Vaccination report Assam 1896-1927 - 1896-1927
Year: 1896
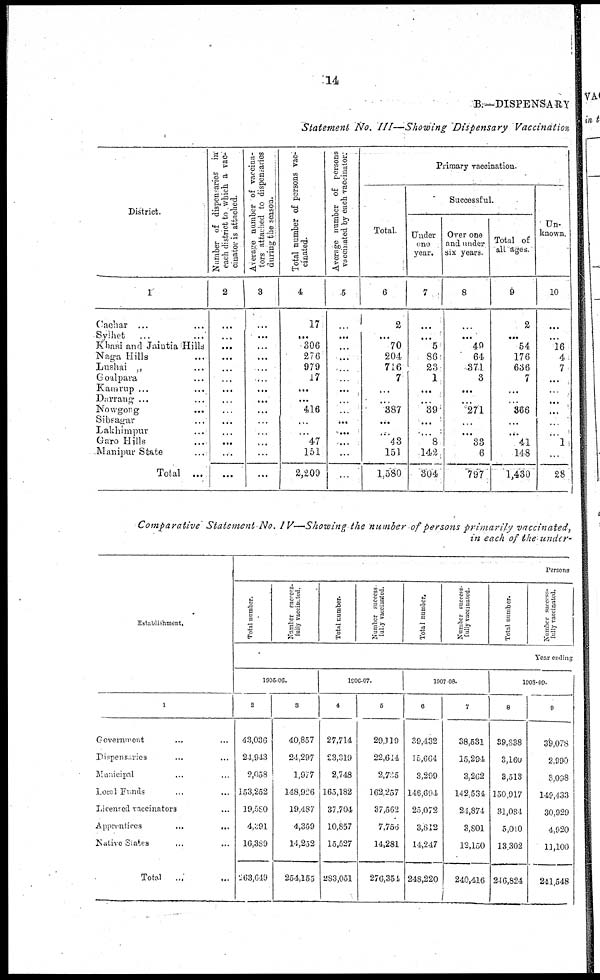
14
B:—DISPENSARY
Statement No. III—Showing Dispensary Vaccination
District.
1
Cachar ... ...
Sylhet ... ...
Khasi and Jaintia Hills
Naga Hills ...
Lushai „ ...
Goalpara ...
Kamrup ... ...
Darrang ... ...
Nowgong ... ...
Sibsagar ... ...
Lakhimpur ... ...
Garo Hills ... ...
Manipur State ... ...
Total ...
Number of dispensaries in
each district to which a vac-
cinator is attached.
2
...
...
...
...
...
...
...
...
...
...
...
...
...
...
Average number of vaccina-
tors attached to dispensaries
during the season.
3
...
...
...
...
...
...
...
...
...
...
...
...
...
...
Total number of persons vac-
cinated.
4
17
...
306
276
979
17
...
...
416
...
...
47
151
2,200
Average number of persons
vaccinated by each vaccinator.
5
...
...
...
...
...
...
...
...
...
...
...
...
...
...
Primary vaccination.
Total.
6
2
...
70
204
716
7
...
...
387
...
...
43
151
1,580
Successful.
Under
one
year.
7
...
...
5
86
23
1
...
...
39
...
...
8
142
304
Over one
and under
six years.
8
...
...
49
64
371
3
...
...
271
...
...
33
6
797
Total of
all ages.
9
2
...
54
176
636
7
...
...
366
...
...
41
148
1,430
Un-
known.
10
...
...
16
4
7
...
...
...
...
...
...
1
...
28
Comparative Statement No. IV— Showing the number of persons primarily vaccinated,
in each of the under
Establishment.
1
Government ... ...
Dispensaries
...
...
Municipal ... ...
Local Funds ... ...
Licensed vaccinators ...
Apprentices
...
...
Native States ... ...
Total
... ...
Persons
Total number.
Number success-
fully vaccinated.
Total number.
Number success-
fully vaccinated.
Total number.
Number success-
fully vaccinated.
Total number.
Number success-
fully vaccinated.
Year ending
1905-06.
2
43,036
21,943
2,058
153,252
19,580
4,291
16,389
263,649
3
40,857
24,297
1,977
148,926
19,487
4,359
14,232
254,155
1906-07.
4
27,714
23,319
2,748
165,182
37,704
10,857
15,527
283,051
5
29,119
22,614
2,705
162,257
37,562
7,750
14,281
276,351
1907-08.
6
39,432
15,664
3,299
146,694
23,072
3,812
14,247
248,220
7
38,531
15,294
3,262
142,534
21,874
3,801
12,150
240,416
1908-09.
8
39,838
3,160
3,513
150,917
31,084
5,010
13,302
246,824
9
39,078
2,990
3,098
149,433
30,929
4,920
11,100
241,548